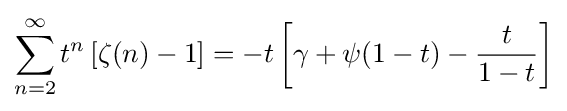
\sum _{n=2}^{\infty }t^{n}\left[\zeta (n)-1\right]=-t\left[\gamma +\psi (1-t)-{\frac {t}{1-t}}\right]